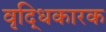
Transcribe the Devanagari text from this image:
वृद्धिकारक